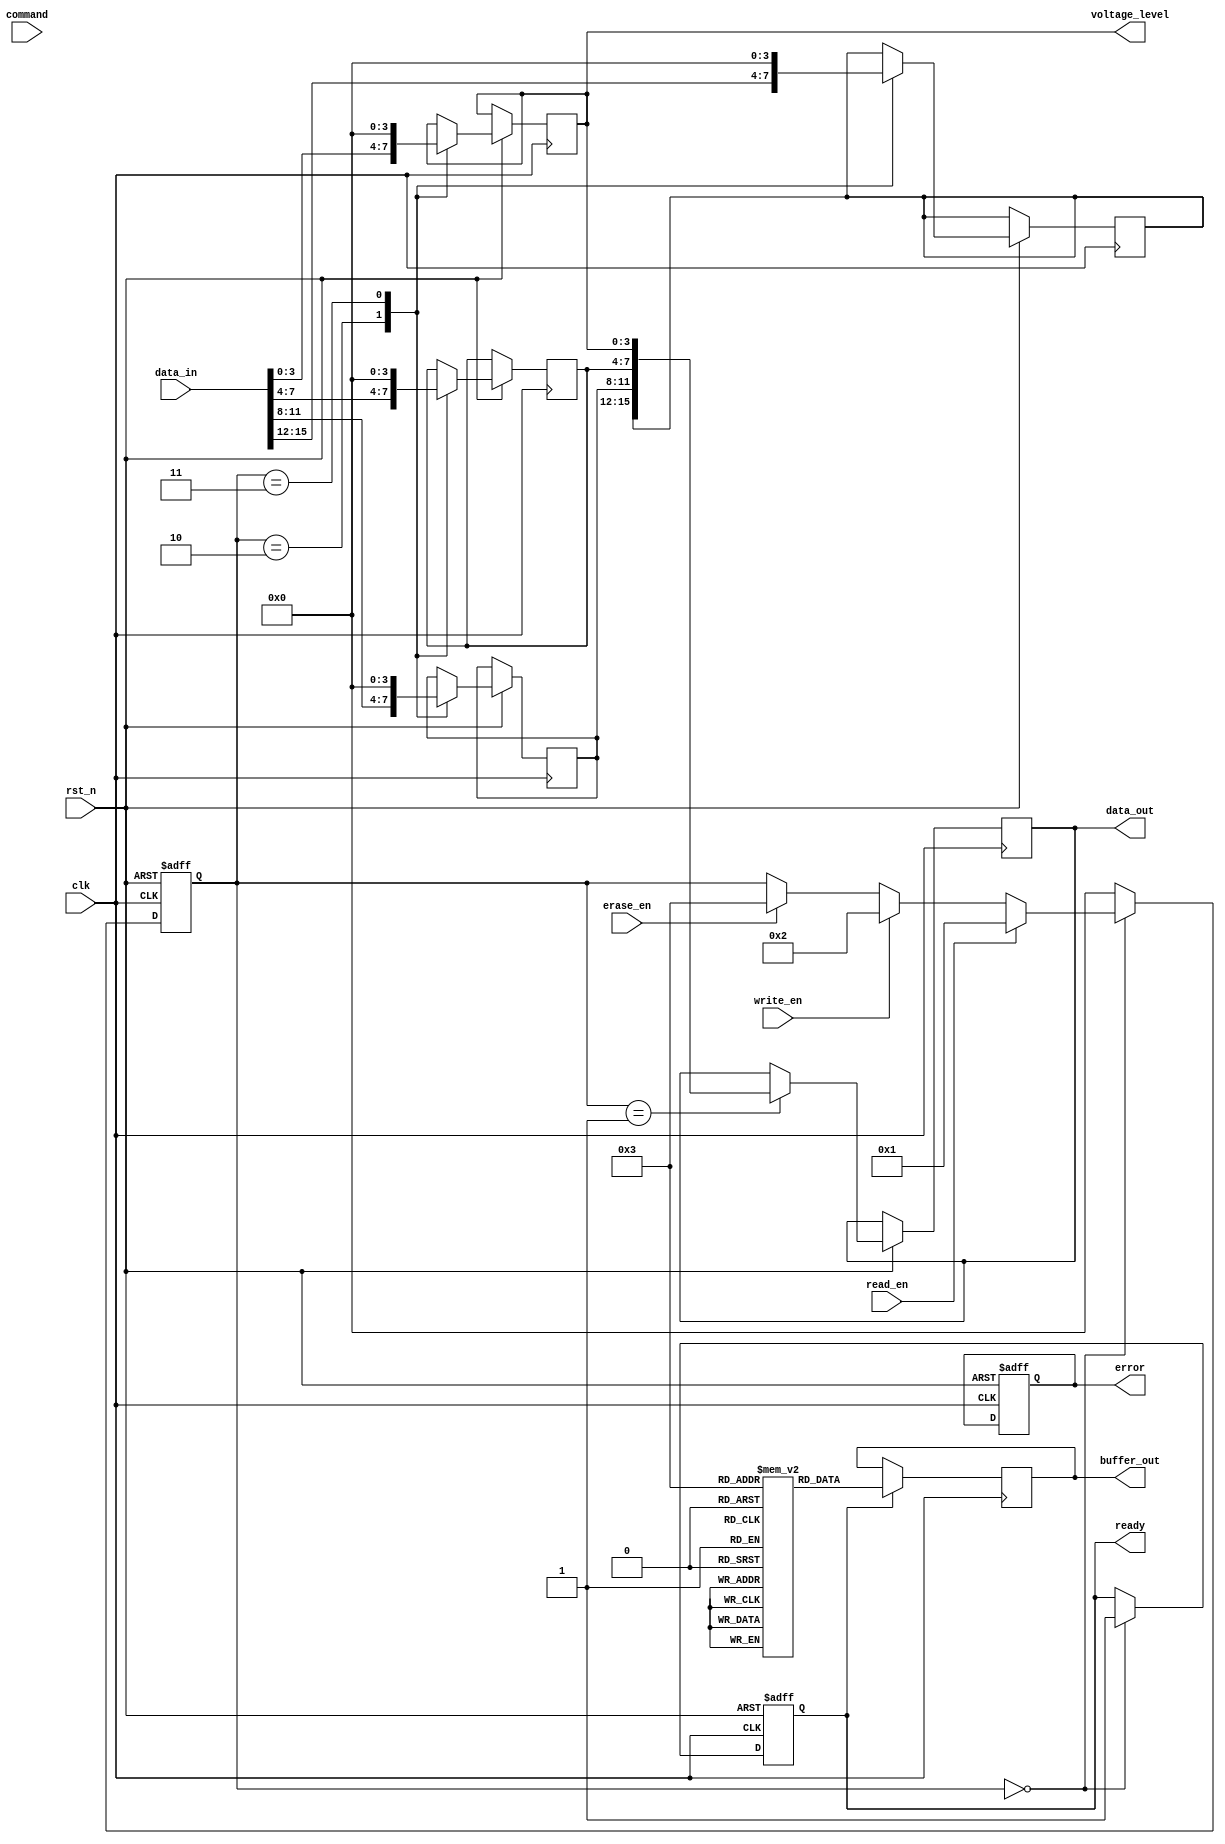
module TLC_NAND_IO_Block (
    input wire clk,                // Clock input
    input wire rst_n,              // Active low reset
    input wire [15:0] data_in,     // Data input (16 bits for demonstration)
    input wire read_en,            // Read enable signal
    input wire write_en,           // Write enable signal
    input wire erase_en,           // Erase enable signal
    input wire [3:0] command,      // Command signals
    output reg [15:0] data_out,    // Data output
    output reg ready,              // Ready signal for data transfer
    output reg error,              // Error signaling for ECC
    output wire [3:0] voltage_level,// Voltage levels for TLC cells
    output reg [15:0] buffer_out    // Buffering output
);

    reg [3:0] cell_data[0:15];      // Example array to represent TLC cells
    reg [15:0] buffer[0:15];         // Buffer for data handling
    reg [3:0] voltage;                // Voltage level representation
    reg [31:0] timing_counter;        // Timing control counter
    reg [3:0] current_state;          // State machine for operations

    // Voltage level detection based on input data (simplified)
    assign voltage_level = {cell_data[0], cell_data[1], cell_data[2], cell_data[3]};

    // State machine for Read/Program/Erase operations
    always @(posedge clk or negedge rst_n) begin
        if (!rst_n) begin
            current_state <= 4'b0000;      // Reset state
            ready <= 1'b0;
            error <= 1'b0;
        end else begin
            case (current_state)
                4'b0000: begin // Idle State
                    ready <= 1'b1;
                    if (read_en) begin
                        current_state <= 4'b0001; // Read Operation
                    end else if (write_en) begin
                        current_state <= 4'b0010; // Write Operation
                    end else if (erase_en) begin
                        current_state <= 4'b0011; // Erase Operation
                    end
                end
                
                4'b0001: begin // Read Operation
                    // Implement read logic here
                    // (Include voltage detection and ECC if necessary)
                    data_out <= {cell_data[0], cell_data[1], cell_data[2], cell_data[3]};
                    current_state <= 4'b0000; // Return to Idle
                end
                
                4'b0010: begin // Write Operation
                    // Implement write logic here
                    // (Include voltage programming logic)
                    {cell_data[0], cell_data[1], cell_data[2], cell_data[3]} <= data_in[15:0];
                    current_state <= 4'b0000; // Return to Idle
                end
                
                4'b0011: begin // Erase Operation
                    // Implement erase logic here
                    // (Setting cell_data to a predefined state)
                    cell_data[0] <= 4'b0000;
                    cell_data[1] <= 4'b0000;
                    cell_data[2] <= 4'b0000;
                    cell_data[3] <= 4'b0000;
                    current_state <= 4'b0000; // Return to Idle
                end
                
                default: current_state <= 4'b0000; // Default to Idle
            endcase
        end
    end

    // Timing control logic can be implemented here to ensure correct timing
    always @(posedge clk) begin
        if (ready) begin
            timing_counter <= timing_counter + 1;
            // Add timing control logic
        end
    end

    // Error correction and signal integrity checks can be added here

    // Buffering data for output
    always @(posedge clk) begin
        if (ready) begin
            buffer_out <= {buffer[0], buffer[1], buffer[2], buffer[3]};
        end
    end

    // Built-in self-test (BIST) functionality can be implemented for testability

endmodule